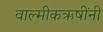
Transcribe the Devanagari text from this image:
वाल्मीकऋषींनी